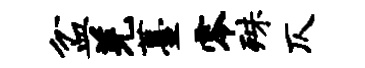
盆羌薹零殊仄